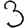
Digit: 3